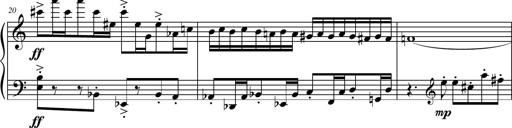
Title: Petite Sonatine
Composer: Richard St. Clair